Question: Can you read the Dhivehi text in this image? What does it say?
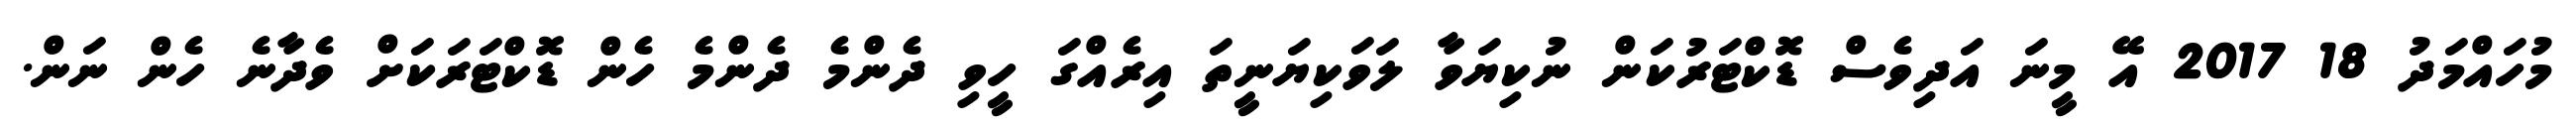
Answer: މުހައްމަދު 18 2017 އޭ މީނަ އަދިވެސް ޑޮކްޓަރުކަން ނުކިޔަވާ ލަވަކިޔަނީތަ އިރެއްގަ ހީވި ދެންމެ ދެންމެ ހެން ޑޮކްޓަރަކަށް ވެދާނެ ހެން ނަން.